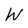
Character: W